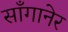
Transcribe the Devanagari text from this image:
साँगानेर